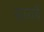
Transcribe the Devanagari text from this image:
सारायै